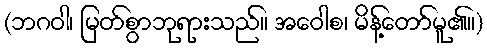
(ဘဂဝါ၊ မြတ်စွာဘုရားသည်။ အဝေါစ၊ မိန့်တော်မူ၏။)